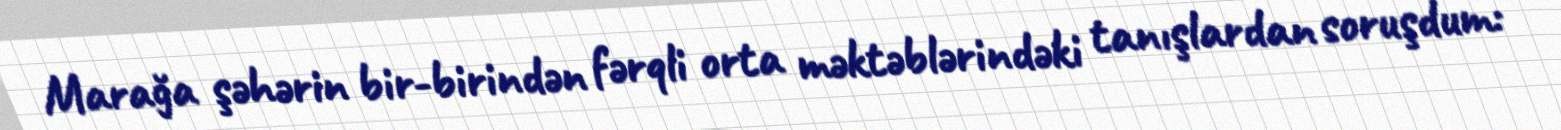
Marağa şəhərin bir-birindən fərqli orta məktəblərindəki tanışlardan soruşdum: